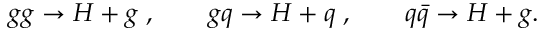
g g \to H + g \; , \qquad g q \to H + q \; , \qquad q \bar { q } \to H + g .